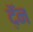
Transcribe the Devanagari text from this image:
द़ॅन